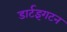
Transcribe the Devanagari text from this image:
डार्टइंगटन